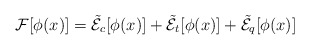
\begin{align*}{\cal F}[\phi(x)] = \tilde{\cal E}_c[\phi(x)] + \tilde{\cal E}_t[\phi(x)] + \tilde{\cal E}_q[\phi(x)]\end{align*}